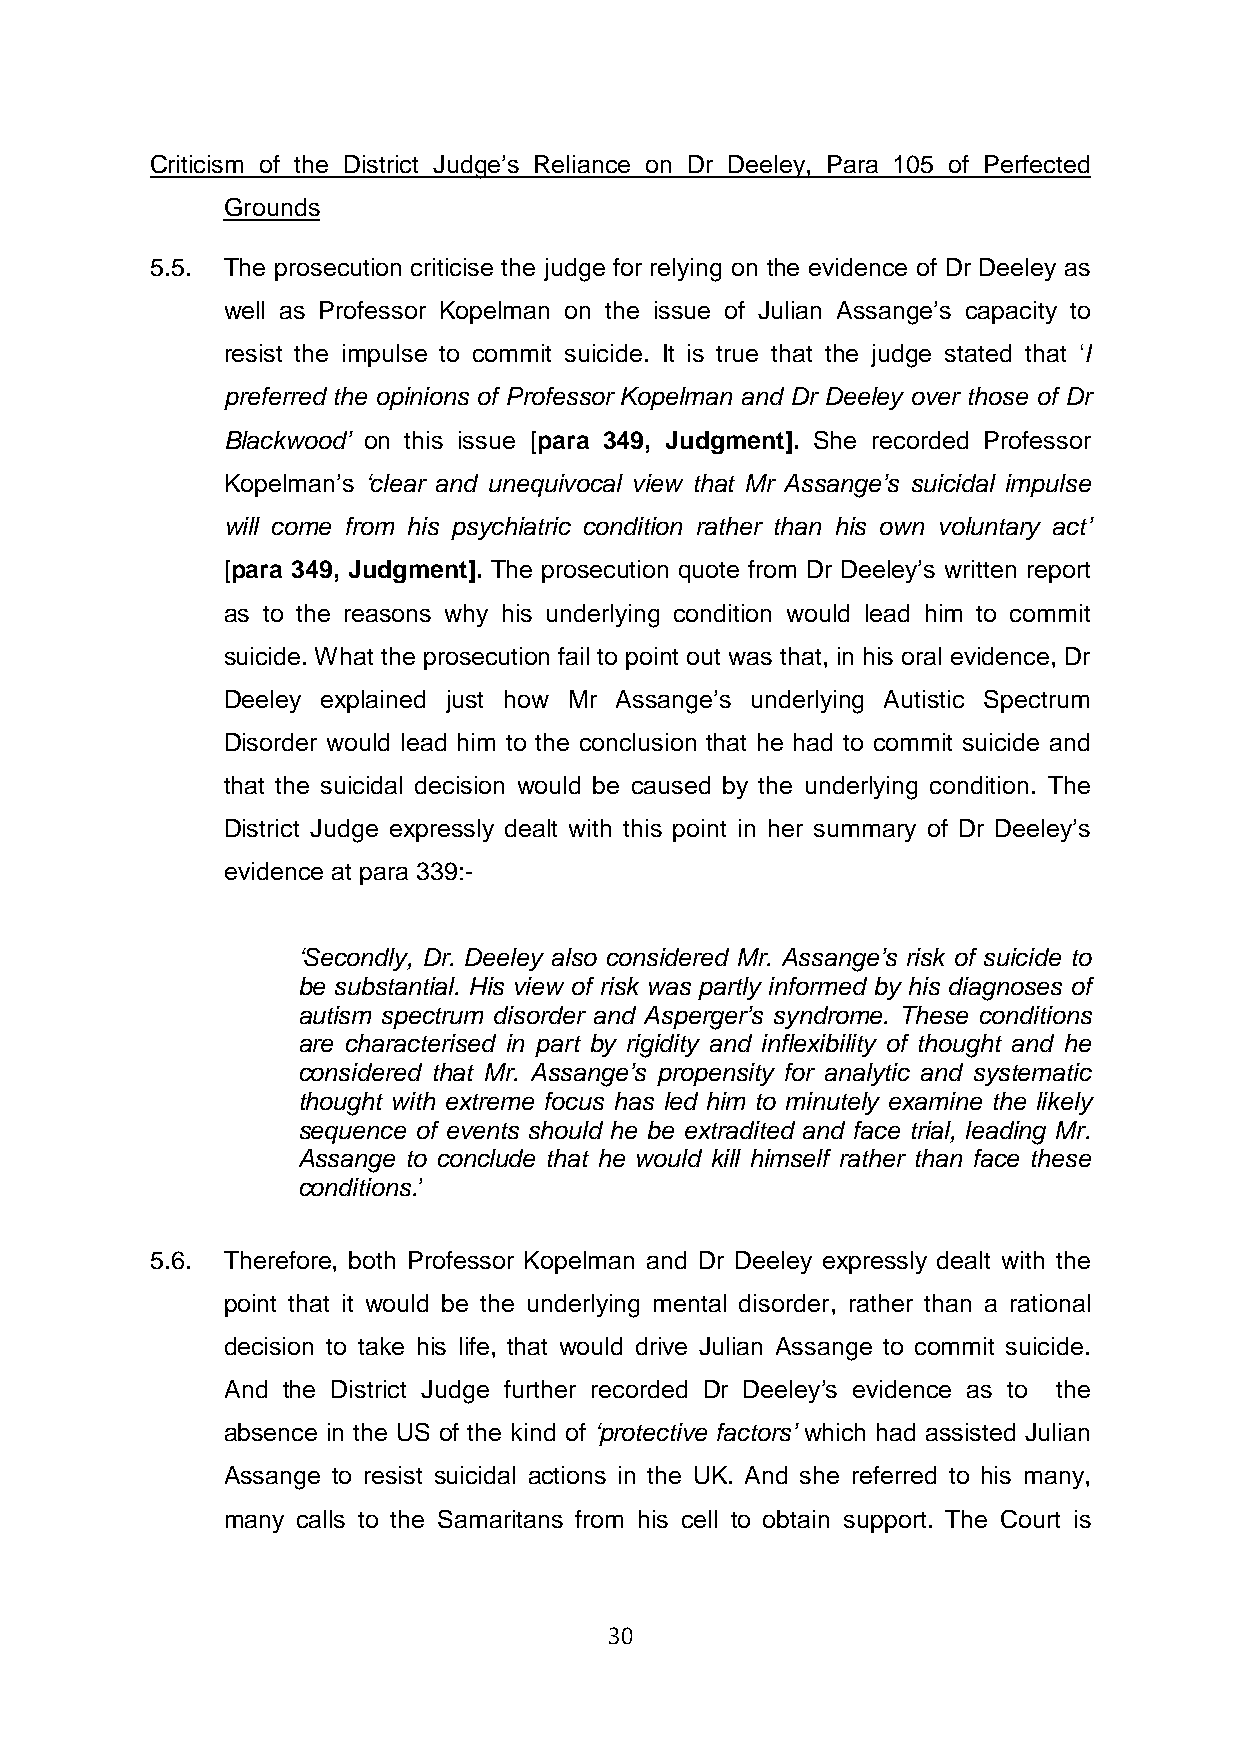
Criticism of the District Judge’s Reliance on Dr Deeley, Para 105 of Perfected
 Grounds
 5.5. The prosecution criticise the judge for relying on the evidence of Dr Deeley as
 well as Professor Kopelman on the issue of Julian Assange’s capacity to
 resist the impulse to commit suicide. It is true that the judge stated that ‘I
 preferred the opinions of Professor Kopelman and Dr Deeley over those of Dr
 Blackwood’ on this issue [para 349, Judgment]. She recorded Professor
 Kopelman’s ‘clear and unequivocal view that Mr Assange’s suicidal impulse
 will come from his psychiatric condition rather than his own voluntary act’
 [para 349, Judgment]. The prosecution quote from Dr Deeley’s written report
 as to the reasons why his underlying condition would lead him to commit
 suicide. What the prosecution fail to point out was that, in his oral evidence, Dr
 Deeley explained just how Mr Assange’s underlying Autistic Spectrum
 Disorder would lead him to the conclusion that he had to commit suicide and
 that the suicidal decision would be caused by the underlying condition. The
 District Judge expressly dealt with this point in her summary of Dr Deeley’s
 evidence at para 339:-
 ‘Secondly, Dr. Deeley also considered Mr. Assange’s risk of suicide to
 be substantial. His view of risk was partly informed by his diagnoses of
 autism spectrum disorder and Asperger’s syndrome. These conditions
 are characterised in part by rigidity and inflexibility of thought and he
 considered that Mr. Assange’s propensity for analytic and systematic
 thought with extreme focus has led him to minutely examine the likely
 sequence of events should he be extradited and face trial, leading Mr.
 Assange to conclude that he would kill himself rather than face these
 conditions.’
 5.6. Therefore, both Professor Kopelman and Dr Deeley expressly dealt with the
 point that it would be the underlying mental disorder, rather than a rational
 decision to take his life, that would drive Julian Assange to commit suicide.
 And the District Judge further recorded Dr Deeley’s evidence as to the
 absence in the US of the kind of ‘protective factors’ which had assisted Julian
 Assange to resist suicidal actions in the UK. And she referred to his many,
 many calls to the Samaritans from his cell to obtain support. The Court is
 30